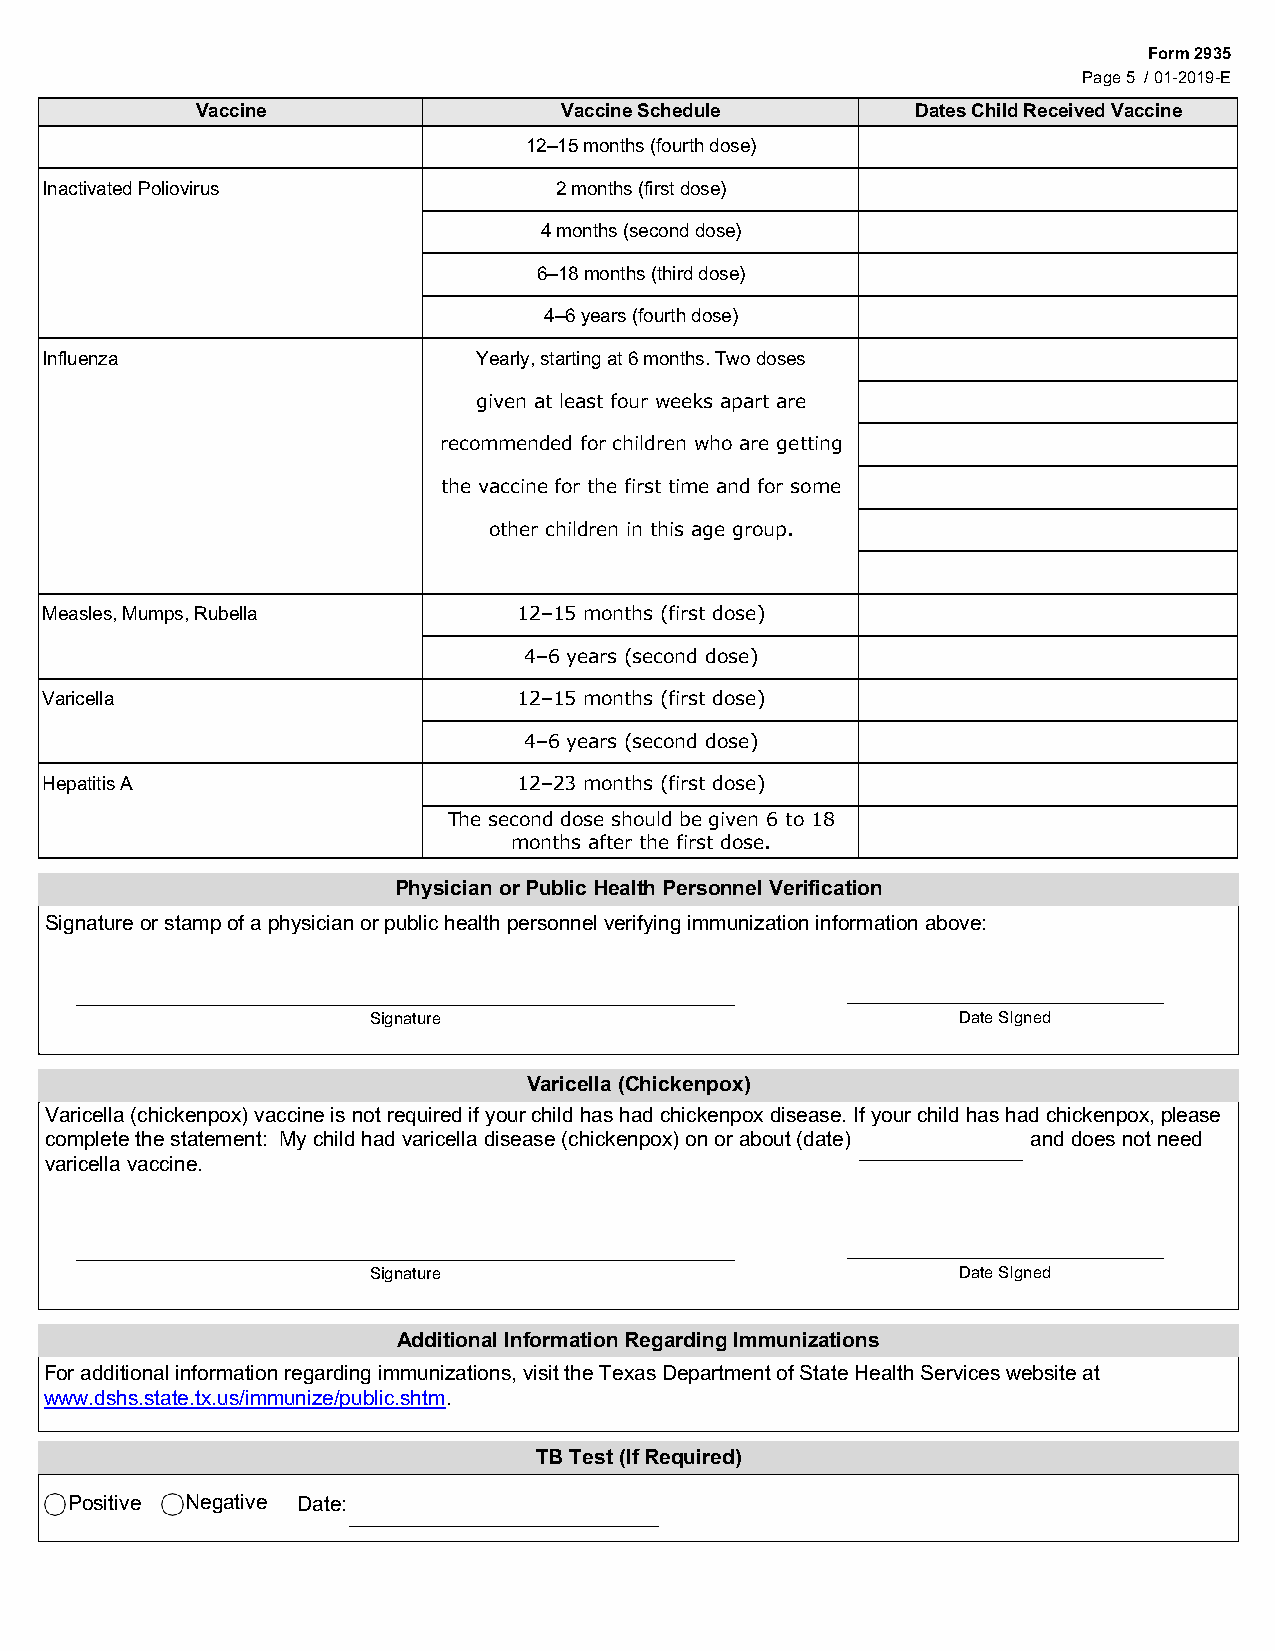
Form 2935
 Page 5 / 01-2019-E
 Vaccine                 Vaccine Schedule        Dates Child Received Vaccine
 12–15 months (fourth dose)
 Inactivated Poliovirus            2 months (first dose)
 4 months (second dose)
 6–18 months (third dose)
 4–6 years (fourth dose)
 Influenza                    Yearly, starting at 6 months. Two doses
 given at least four weeks apart are
 recommended for children who are getting
 the vaccine for the first time and for some
 other children in this age group.
 Measles, Mumps, Rubella        12–15 months (first dose)
 4–6 years (second dose)
 Varicella                      12–15 months (first dose)
 4–6 years (second dose)
 Hepatitis A                    12–23 months (first dose)
 The second dose should be given 6 to 18
 months after the first dose.
 Physician or Public Health Personnel Verification
 Signature or stamp of a physician or public health personnel verifying immunization information above:
 Signature                               Date SIgned
 Varicella (Chickenpox)
 Varicella (chickenpox) vaccine is not required if your child has had chickenpox disease. If your child has had chickenpox, please
 complete the statement: My child had varicella disease (chickenpox) on or about (date) and does not need
 varicella vaccine.
 Signature                               Date SIgned
 Additional Information Regarding Immunizations
 For additional information regarding immunizations, visit the Texas Department of State Health Services website at
 www.dshs.state.tx.us/immunize/public.shtm.
 TB Test (If Required)
 Positive Negative Date: